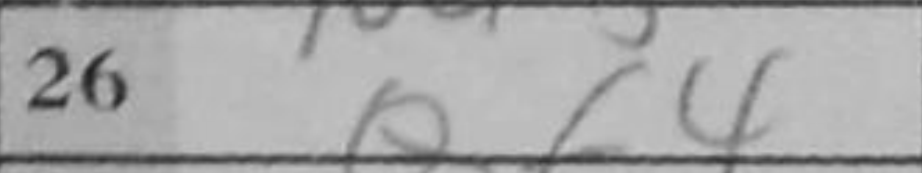
Transcription: Qf4